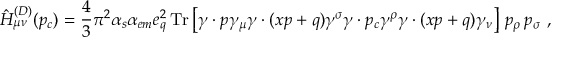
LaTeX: \hat { H } _ { \mu \nu } ^ { ( D ) } ( p _ { c } ) = \frac { 4 } { 3 } \pi ^ { 2 } \alpha _ { s } \alpha _ { e m } e _ { q } ^ { 2 } \, \mathrm { T r } \left[ \gamma \cdot p \gamma _ { \mu } \gamma \cdot ( x p + q ) \gamma ^ { \sigma } \gamma \cdot p _ { c } \gamma ^ { \rho } \gamma \cdot ( x p + q ) \gamma _ { \nu } \right] \, p _ { \rho } \, p _ { \sigma } \ ,